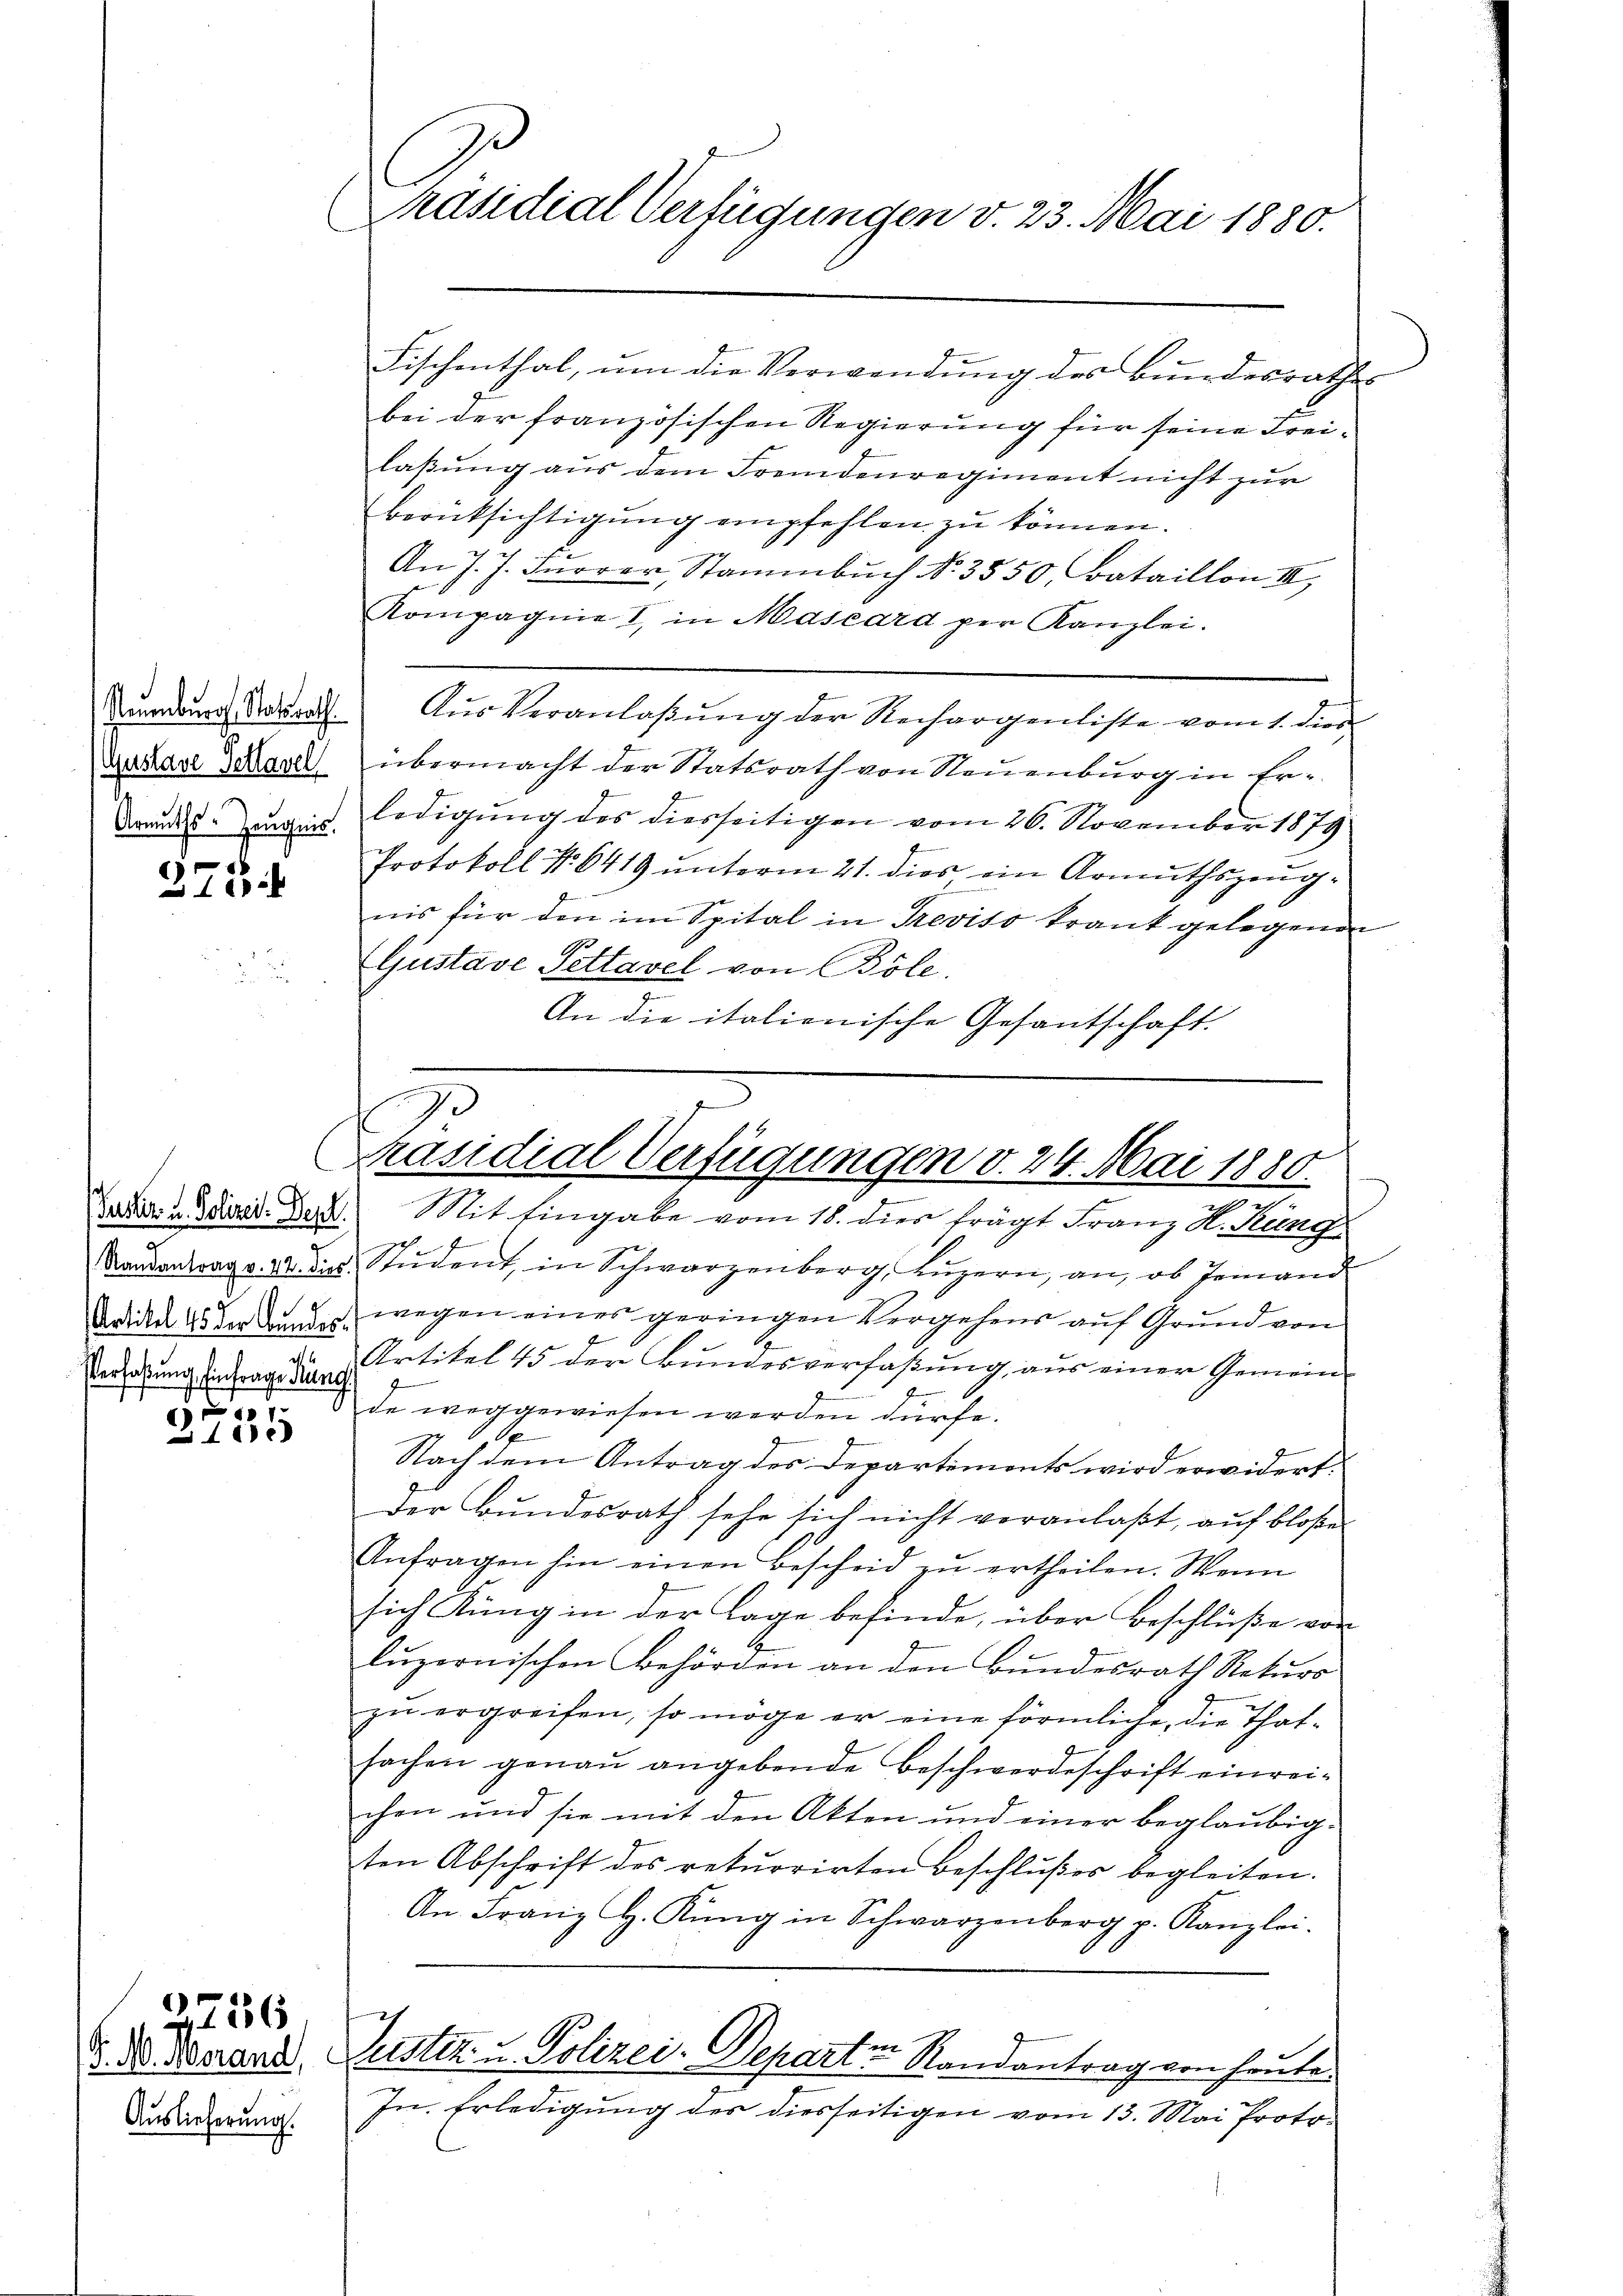
Neuenburg, Statsrath
Gustave Schlavel
Armuths-Zeugnis.

375

Verfaßung Einfrage Mang
1

10

Auslieferung.

926

Präsidial-Verfügungen v. 23. Mai 1880.

Fischenthal, um die Verwendung des Bundesrathes
bei der französischen Regierung für seine Freilaßung aus dem Fremdenregiment nicht zur
berücksichtigung empfehlen zu können.
An J. J. Furrer, Stammbuch No. 3550, Bataillon III,
Kompagnie I, in Mascard per Kanzlei.
Aŭs Veranlaβŭng der Rechargenliste vom 1. dies
übermacht der Statsrath von Neuenburg in Erledigung des diesseitigen vom 26. November 1879
Protokoll No 6419 unterm 21. dies ein Armuthszeugnis für den im Spital in Treviso krank gelegenen
Gustave Pettavel von Böle.
An die italienische Gesantschaft.

Präsidial-Verfügungen v. 24. Mai 1880.
.
Jeder Med. Der Mit Eingabe vom 18. dies frägt Franz K. Rung

Randantrag v. 22. dies. Student, in Schwarzenberg, Lŭzern, an, ob Jemand
aide  der die wegen eines geringen Vergehens aŭf Grund von
“ Artikel 45 der Bundesverfaßung, aus einer Gemein-
de weggewiesen werden dürfe.
1
Nach dem Antrag des Departements wird erwidert.
Der Bŭndesrath sehe sich nicht veranlaßt, aŭf bloße
Anfragen hin einen Bescheid zŭ ertheilen. Wenn
sich Küng in der Lage befinde, über Beschlüße von
lŭzernischen Behörden an den Bŭndesrath Rekŭrs
zu ergreifen, so möge er eine förmliche, die Thatsachen genau angebende Beschwerdeschrift einreichen und sie mit den Akten und einer beglaubigten Abschrift des rekurrirten Beschlußes begleiten.
An Franz H. Küng in Schwarzenberg p. Kanzlei-
d. d. Merant, Justiz- u. Polizei-Departen Randantrag von heute.
In Erledigung des diesseitigen vom 13. Mai Proto¬